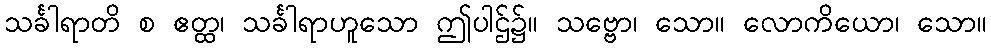
သင်္ခါရာတိ စ ဧတ္ထ၊ သင်္ခါရာဟူသော ဤပါဌ်၌။ သဗ္ဗော၊ သော။ လောကိယော၊ သော။